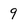
Character: 9